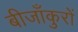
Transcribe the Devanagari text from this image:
बीजाँकुरों